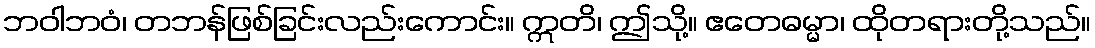
ဘဝါဘဝံ၊ တဘန်ဖြစ်ခြင်းလည်းကောင်း။ ဣတိ၊ ဤသို့။ ဧတေဓမ္မာ၊ ထိုတရားတို့သည်။